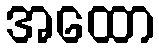
အထော